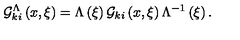
{ \cal G } _ { k i } ^ { \Lambda } \left( { x , \xi } \right) = \Lambda \left( \xi \right) { \cal G } _ { k i } \left( { x , \xi } \right) \Lambda ^ { - 1 } \left( \xi \right) .